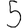
Digit: 5